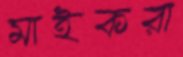
মাইকরা